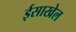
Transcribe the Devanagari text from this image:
ईसाखेल